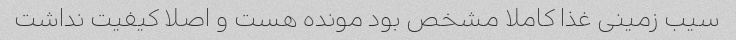
سیب زمینی غذا کاملا مشخص بود مونده هست و اصلا کیفیت نداشت